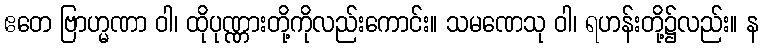
ဧတေ ဗြာဟ္မဏာ ဝါ၊ ထိုပုဏ္ဏားတို့ကိုလည်းကောင်း။ သမဏေသု ဝါ၊ ရဟန်းတို့၌လည်း။ န